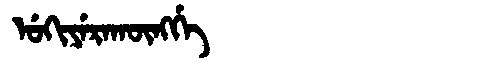
Manchu: ᡠᡴᡳᠶᡝᡵᠠᡴᡡᠩᡤᡝ
Romanization: UKIYERAKŪNGGE